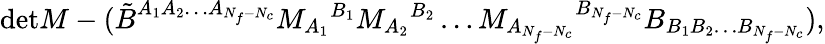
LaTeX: \mathrm{det}M-(\tilde{B}^{A_{1}A_{2}\ldots A_{N_{f}-N_{c}}}M_{A_{1}}{}^{B_{1}}M_{A_{2}}{}^{B_{2}}\ldots M_{A_{N_{f}-N_{c}}}{}^{B_{N_{f}-N_{c}}}B_{B_{1}B_{2}\ldots B_{N_{f}-N_{c}}}),